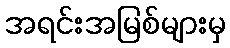
အရင်းအမြစ်များမှ